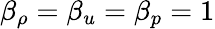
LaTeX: \beta_{\rho}=\beta_{u}=\beta_{p}=1